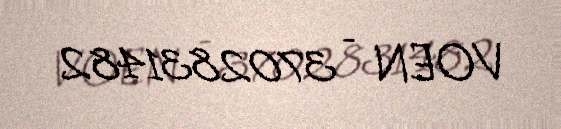
VOEN - 3702831482